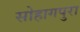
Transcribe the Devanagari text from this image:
सोहागपुरा